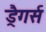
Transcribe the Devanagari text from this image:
ड्रैगर्स